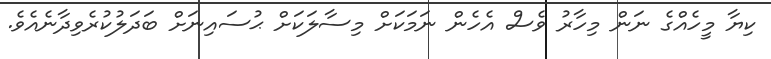
ކިޔާ މީހެއްގެ ނަން މިހާރު ވެސް އެހެން ނަމަކަށް މިސާލަކަށް ޙުސައިނަށް ބަދަލުކުރެވިދާނެއެވެ.